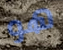
هو